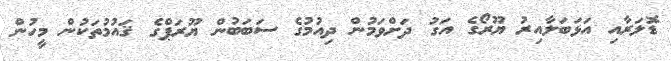
ޑޮލަރާއި އަޅަބަލާއިރު ޔޫރޯގެ އަގު ދަށްވަމުން ދިއުމުގެ ސަބަބުން ޔޫރަޕްގެ ޤައުމުތަކުން މީހުން